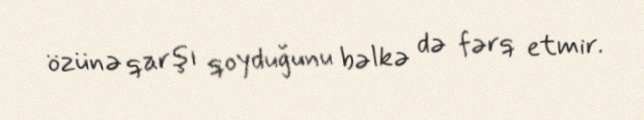
özünə qarşı qoyduğunu bəlkə də fərq etmir.